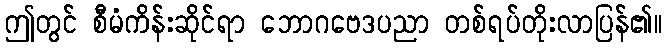
ဤတွင် စီမံကိန်းဆိုင်ရာ ဘောဂဗေဒပညာ တစ်ရပ်တိုးလာပြန်၏။